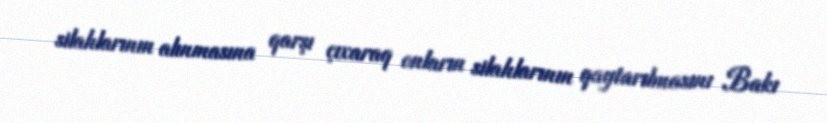
silahlarının alınmasına qarşı çıxaraq onların silahlarının qaytarılmasını Bakı